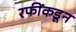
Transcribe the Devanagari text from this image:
रफींकडून